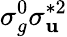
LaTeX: \sigma_{g}^{0}\sigma_{\mathbf{u}}^{*2}